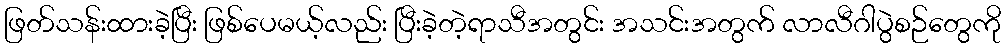
ဖြတ်သန်းထားခဲ့ပြီး ဖြစ်ပေမယ့်လည်း ပြီးခဲ့တဲ့ရာသီအတွင်း အသင်းအတွက် လာလီဂါပွဲစဉ်တွေကို